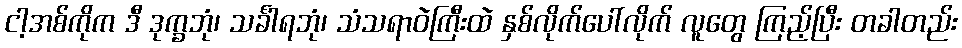
ငါ့အစ်ကိုက ဒီ ဒုက္ခဘုံ၊ သင်္ခါရဘုံ၊ သံသရာဝဲကြီးထဲ နှစ်လိုက်ပေါ်လိုက် လူတွေ ကြည့်ပြီး တခါတည်း